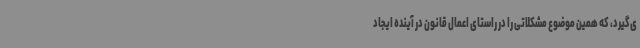
ی‌گیرد، که همین موضوع مشکلاتی را در راستای اعمال قانون در آینده ایجاد